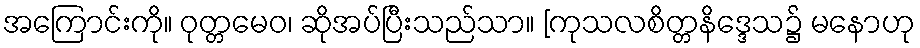
အကြောင်းကို။ ဝုတ္တမေဝ၊ ဆိုအပ်ပြီးသည်သာ။ [ကုသလစိတ္တနိဒ္ဒေသ၌ မနောဟု